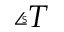
\angles { T }